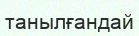
танылғандай